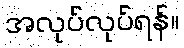
အလုပ်လုပ်ရန်။